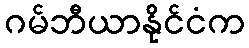
ဂမ်ဘီယာနိုင်ငံက